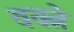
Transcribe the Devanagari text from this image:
वक्त्रे